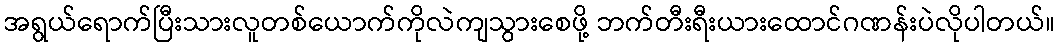
အရွယ်ရောက်ပြီးသားလူတစ်ယောက်ကိုလဲကျသွားစေဖို့ ဘက်တီးရီးယားထောင်ဂဏန်းပဲလိုပါတယ်။